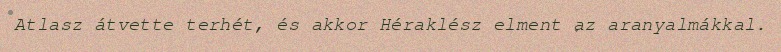
Atlasz átvette terhét, és akkor Héraklész elment az aranyalmákkal.